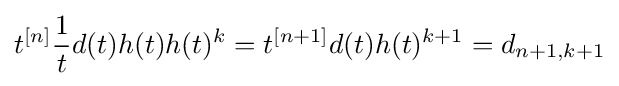
t^{[n]}{\frac {1}{t}}d(t)h(t)h(t)^{k}=t^{[n+1]}d(t)h(t)^{k+1}=d_{n+1,k+1}